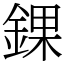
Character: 錁